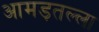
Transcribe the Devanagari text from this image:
आमड़तल्ला